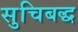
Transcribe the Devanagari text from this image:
सुचिबद्ध